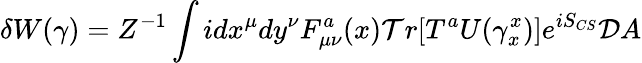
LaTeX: \delta W(\gamma)=Z^{-1}\int idx^{\mu}dy^{\nu}F_{\mu\nu}^{a}(x){\cal T}r[T^{a}U(\gamma_{x}^{x})]e^{iS_{CS}}{\cal D}A